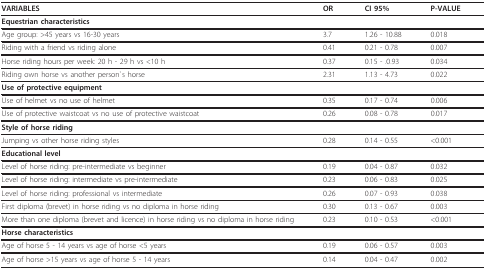
<table><thead><tr><td><b>VARIABLES</b></td><td><b>OR</b></td><td><b>CI 95%</b></td><td><b>P-VALUE</b></td></tr></thead><tbody><tr><td><b>Equestrian characteristics</b></td><td></td><td></td><td></td></tr><tr><td>Age group: &gt;45 years vs 16-30 years</td><td>3.7</td><td>1.26 - 10.88</td><td>0.018</td></tr><tr><td>Riding with a friend vs riding alone</td><td>0.41</td><td>0.21 - 0.78</td><td>0.007</td></tr><tr><td>Horse riding hours per week: 20 h - 29 h vs &lt;10 h</td><td>0.37</td><td>0.15 - .0.93</td><td>0.034</td></tr><tr><td>Riding own horse vs another person`s horse</td><td>2.31</td><td>1.13 - 4.73</td><td>0.022</td></tr><tr><td><b>Use of protective equipment</b></td><td></td><td></td><td></td></tr><tr><td>Use of helmet vs no use of helmet</td><td>0.35</td><td>0.17 - 0.74</td><td>0.006</td></tr><tr><td>Use of protective waistcoat vs no use of protective waistcoat</td><td>0.26</td><td>0.08 - 0.78</td><td>0.017</td></tr><tr><td><b>Style of horse riding</b></td><td></td><td></td><td></td></tr><tr><td>Jumping vs other horse riding styles</td><td>0.28</td><td>0.14 - 0.55</td><td>&lt;0.001</td></tr><tr><td><b>Educational level</b></td><td></td><td></td><td></td></tr><tr><td>Level of horse riding: pre-intermediate vs beginner</td><td>0.19</td><td>0.04 - 0.87</td><td>0.032</td></tr><tr><td>Level of horse riding: intermediate vs pre-intermediate</td><td>0.23</td><td>0.06 - 0.83</td><td>0.025</td></tr><tr><td>Level of horse riding: professional vs intermediate</td><td>0.26</td><td>0.07 - 0.93</td><td>0.038</td></tr><tr><td>First diploma (brevet) in horse riding vs no diploma in horse riding</td><td>0.30</td><td>0.13 - 0.67</td><td>0.003</td></tr><tr><td>More than one diploma (brevet and licence) in horse riding vs no diploma in horse riding</td><td>0.23</td><td>0.10 - 0.53</td><td>&lt;0.001</td></tr><tr><td><b>Horse characteristics</b></td><td></td><td></td><td></td></tr><tr><td>Age of horse 5 - 14 years vs age of horse &lt;5 years</td><td>0.19</td><td>0.06 - 0.57</td><td>0.003</td></tr><tr><td>Age of horse &gt;15 years vs age of horse 5 - 14 years</td><td>0.14</td><td>0.04 - 0.47</td><td>0.002</td></tr></tbody></table>